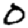
Digit: 0